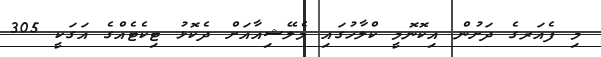
މި ފެއަރގެ ދަށުން އިކޮނޮމީ ކްލާހުގައި މެލޭޝިއާއަށް ދެކޮޅު ޓިކެޓެއްގެ އަގަކީ 305